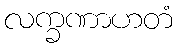
လက္ခဏာဟတံ